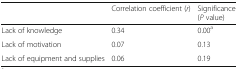
<table><thead><tr><td></td><td><b>Correlation coefficient (<i>r</i>)</b></td><td><b>Significance (<i>P</i> value)</b></td></tr></thead><tbody><tr><td>Lack of knowledge</td><td>0.34</td><td>0.00<sup>a</sup></td></tr><tr><td>Lack of motivation</td><td>0.07</td><td>0.13</td></tr><tr><td>Lack of equipment and supplies</td><td>0.06</td><td>0.19</td></tr></tbody></table>